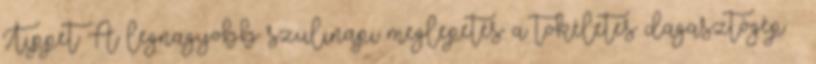
Tippet A legnagyobb szülinapi meglepetés: a tökéletes dagasztógép –